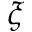
\xi